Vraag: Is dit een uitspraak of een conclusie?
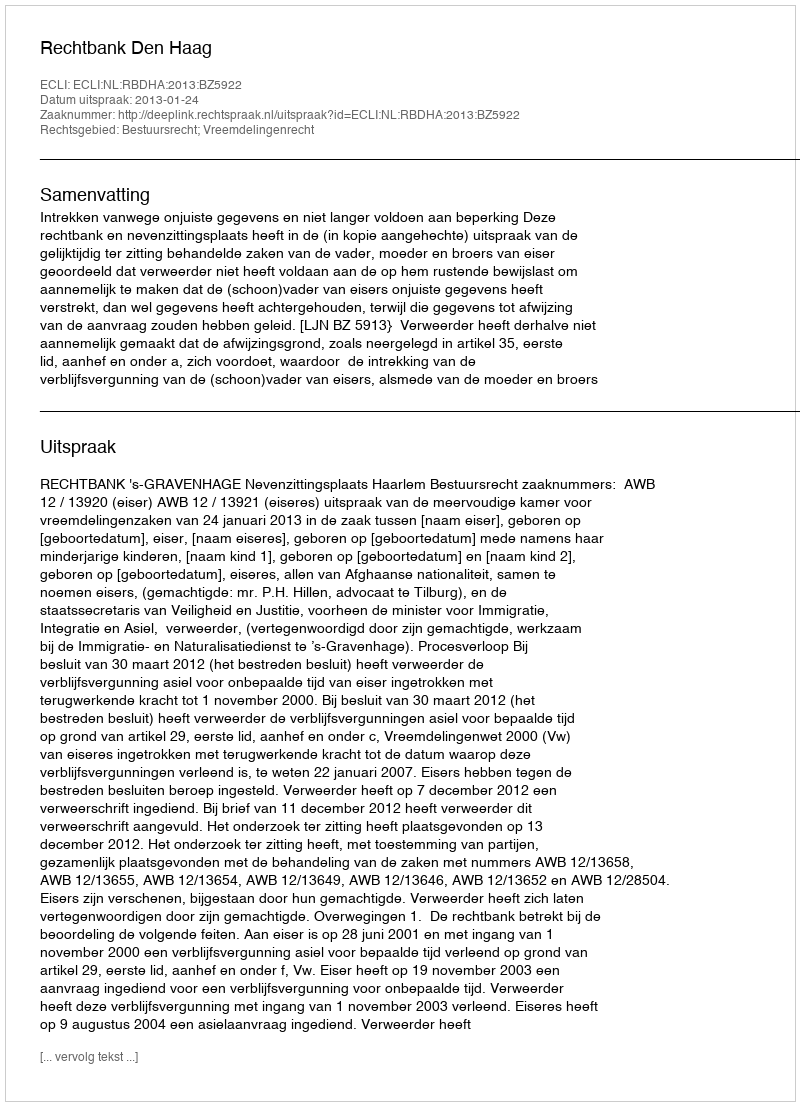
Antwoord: Uitspraak